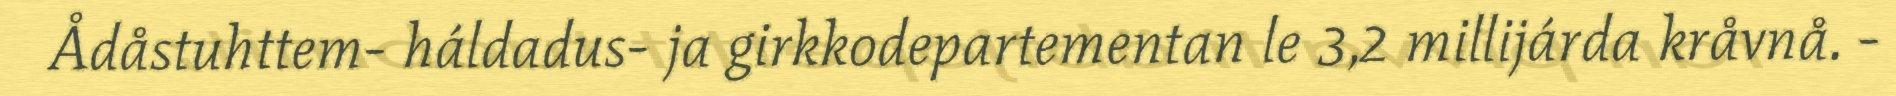
Ådåstuhttem- háldadus- ja girkkodepartementan le 3,2 millijárda kråvnå. -